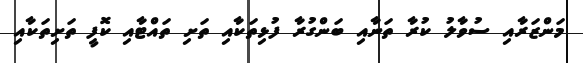
މަންޒަރާއި ސުވާލު ކުރާ ތަނާއި ބަންގުރާ ފުޅިތަކާއި ތަށި ތައްޓާއި ކޮފީ ތަށިތަކާއި